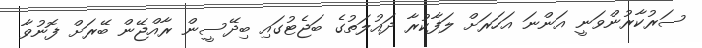
ސަރުކާރުންވަނީ އަންނަ އަހަރަށް ލަފާކުރާ ދައުލަތުގެ ބަޖެޓުގައި ބިދޭސީން ރާއްޖޭން ބޭރަށް ފޮނުވާ